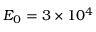
{ E } _ { 0 } = 3 \times 1 0 ^ { 4 }